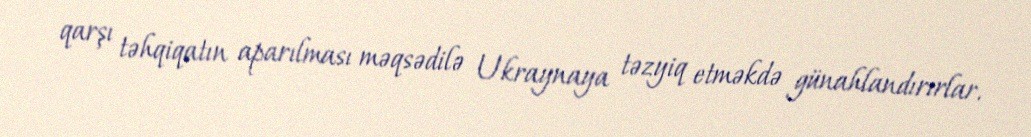
qarşı təhqiqatın aparılması məqsədilə Ukraynaya təzyiq etməkdə günahlandırırlar.